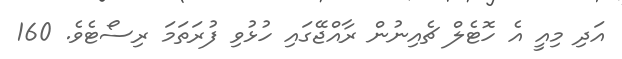
އަދި މިއީ އެ ހޮޓެލް ޗެއިނުން ރާއްޖޭގައި ހުޅުވި ފުރަތަމަ ރިސޯޓެވެ. 160